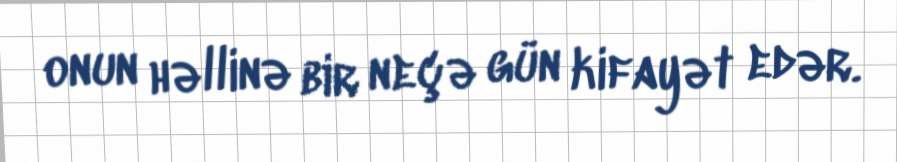
onun həllinə bir neçə gün kifayət edər.